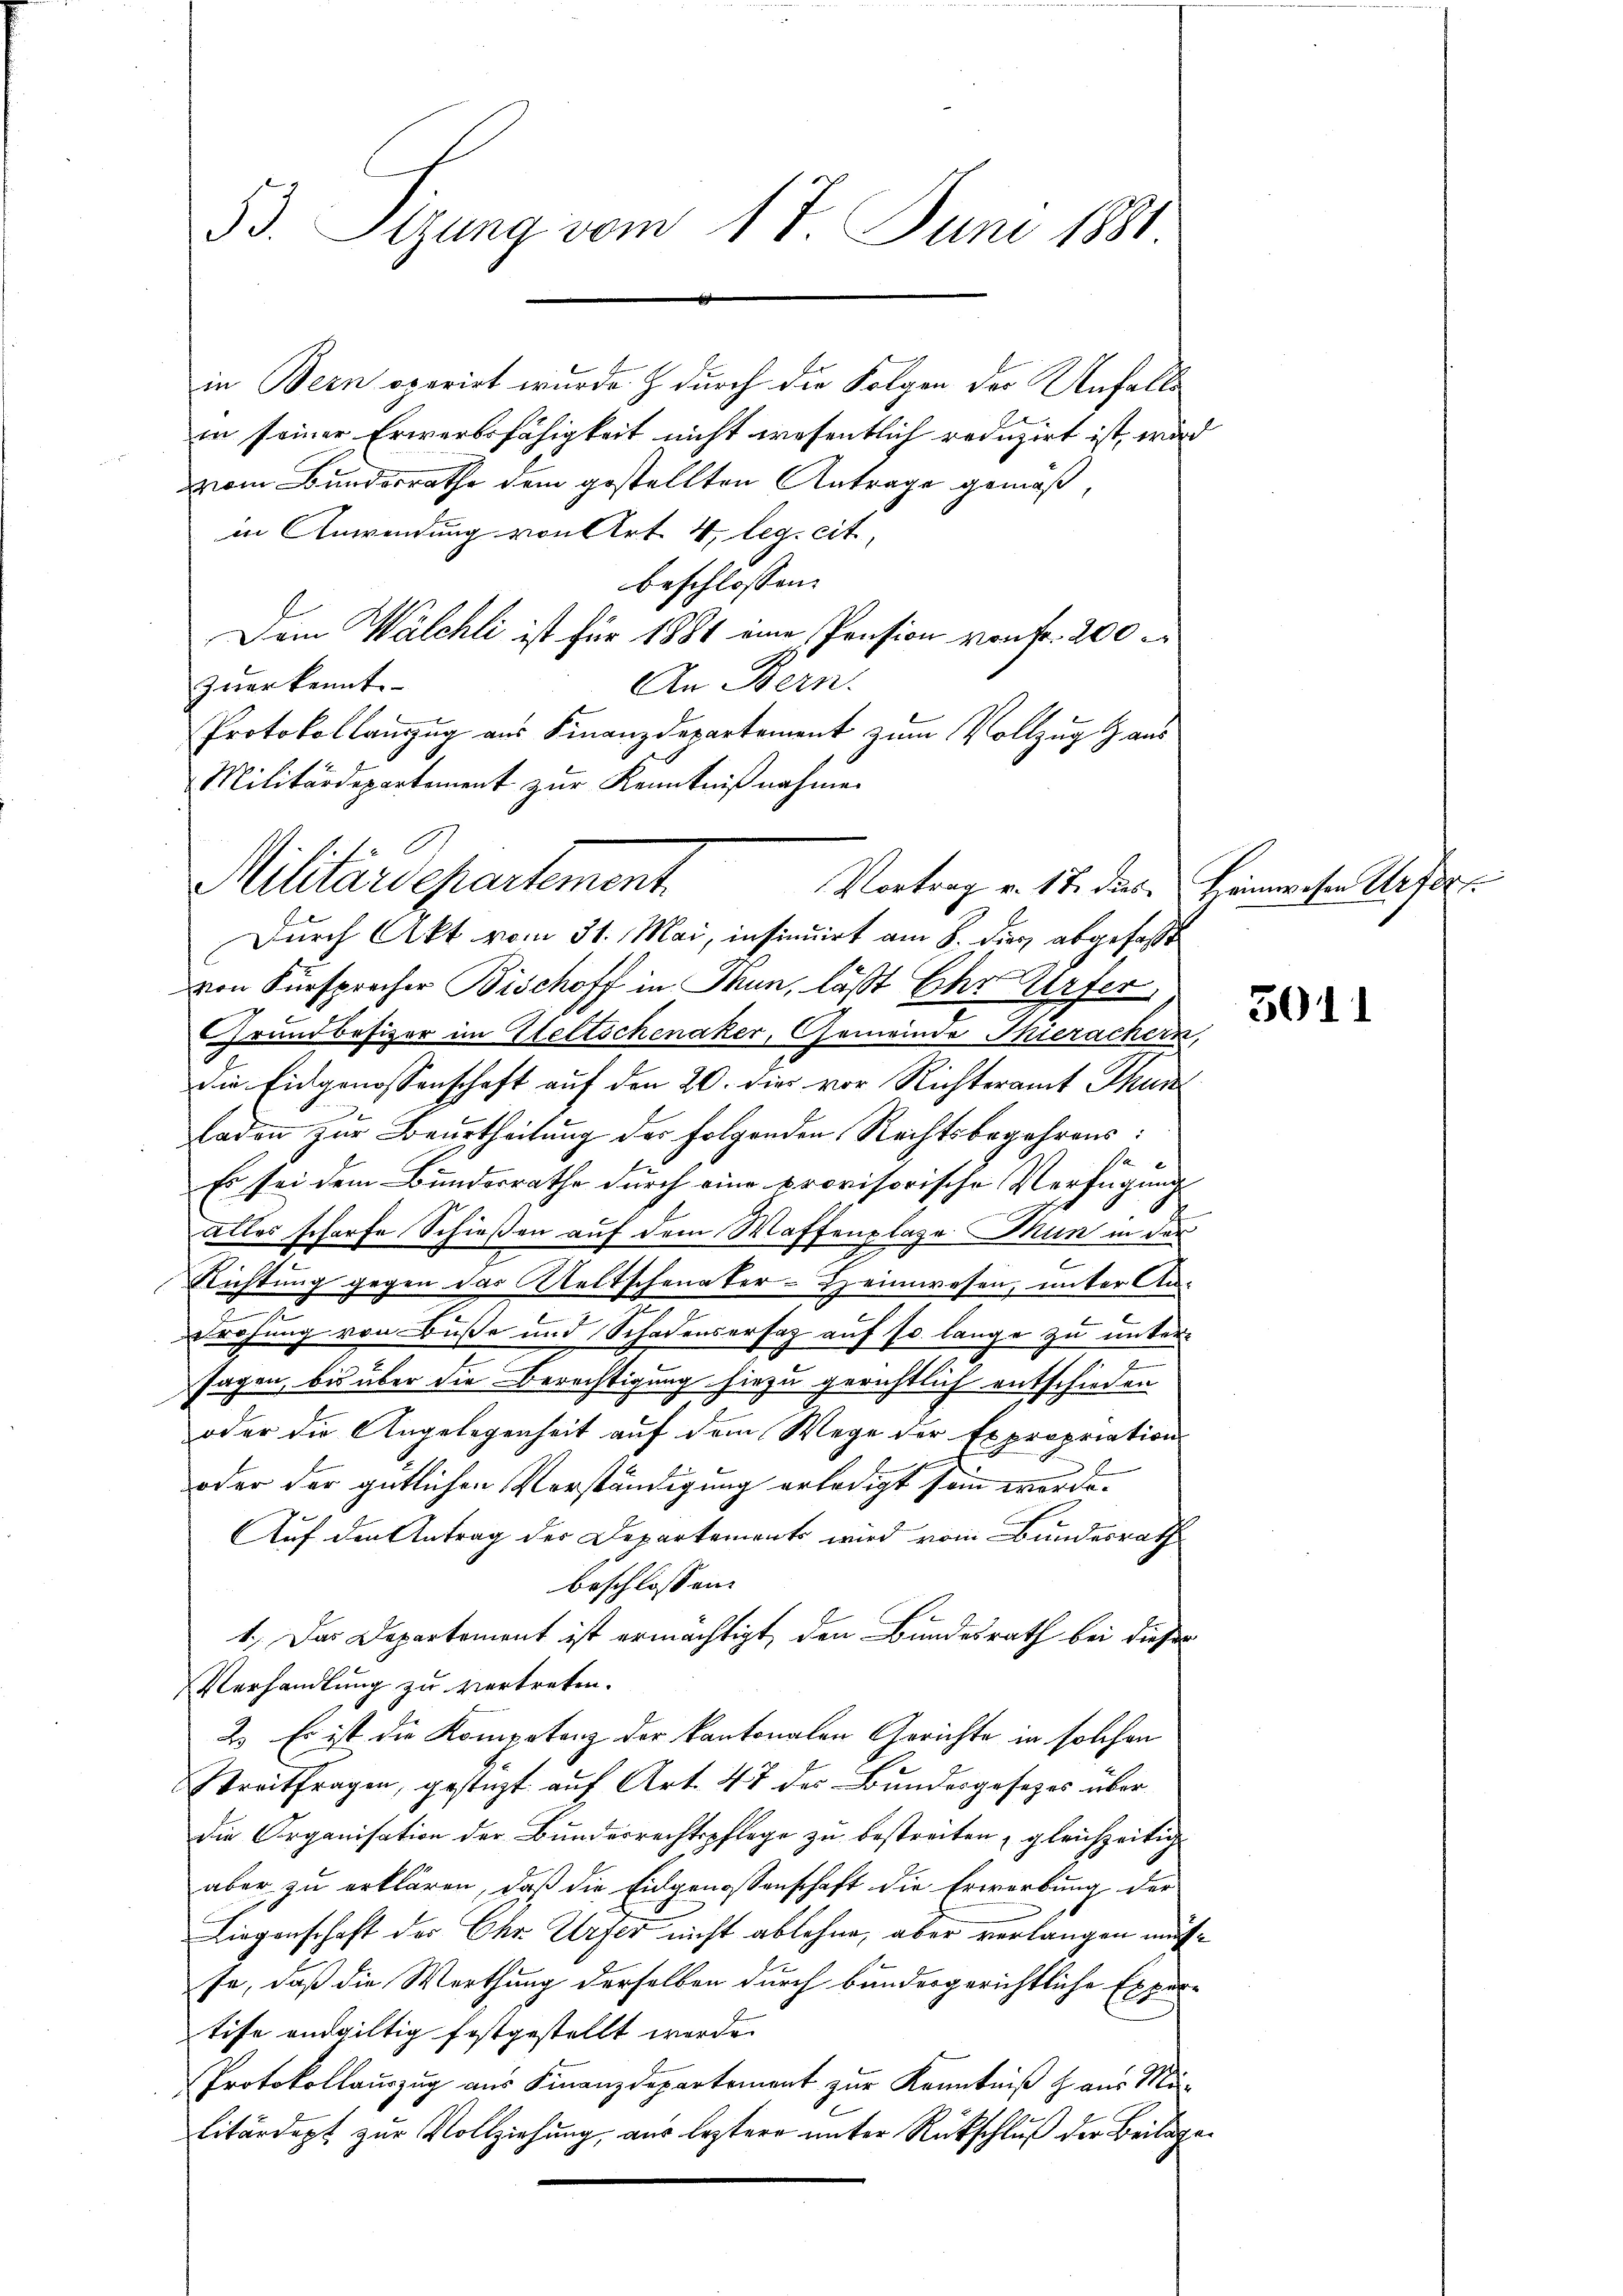
53. Sitzung vom 17. Juni 1881.

in Bern operirt wurde & durch die Folgen der Unfalls
in seiner Erwerbsfähigkeit nicht wesentlich reduzirt ist, wird
vom Bunderrathe dem gestellten Antrage gemäß,
in Anwendung von Art. 4, leg. cit.
beschlossen:
Dem Wälchli ist für 1881 eine Pension von fr. 200
zuerkennte
An Bern.
Protokollanzug aus Finanzdepartement zum Vollzug aus
Militärdepartement zur Kenntnißnahmen
Durch Akt vom 31. Mai, insinuirt am 8. dies abgefasst
von Fürsprecher Bischoff in Thun, läßt Ehr Urfer
Grundbesizer im Weltschenaker, Gemeinde Thierachern
Die Eidgenossenschaft auf den 20. dies vor Richteramt Thun
adon zur Beurtheilung des folgenden Rechtsbegehrens:
Es sei dem Bundesrathe durch eine provisorische Verfügung
Alles scharfe Schießen auf dem Waffenplaze Mun in der
Richtung gegen das Westschenaker-Heimwesen, unter An¬
Drohung von Buße und Schadensersatz auf so lange zu untersagen, bis über die Berechtigung hiezu gerichtlich entschieden
oder die Angelegenheit auf dem Wege der Expropriation
oder der gütlichen Verständigung erledigt sein werde.
Auf den Antrag der Departements wird vom Bundesrath
beschlossen:
1.) Das Departement ist ermächtigt, den Bundesrath bei dieser
Verhandlung zu vertreten.
2.) Es ist die Kompetenz der kantonalen Gerichte in solchen
Streitfragen, gestüzt auf Art. 47 der Bundesgesezes überdie Organisation der Bundesrechtspflege zu bestreiten, gleichzeitig
aber zu erklären, daß die Eidgenossenschaft die Erwerbung der
Liegenschaft der Chr. Urser nicht ablehne, aber verlangen müss
se, daß die Werthung derselben durch bundergerichtliche Expertife endgültig festgestellt werde.
Protokollauszug aus Finanzdepartement zur Kenntniß haus Mu-
litärdept zur Vollziehung aus leztere unter Rückschluß der Beilag¬

Militärdepartement.
Vortrag v. 18. des Heimwesen Urfer

3011